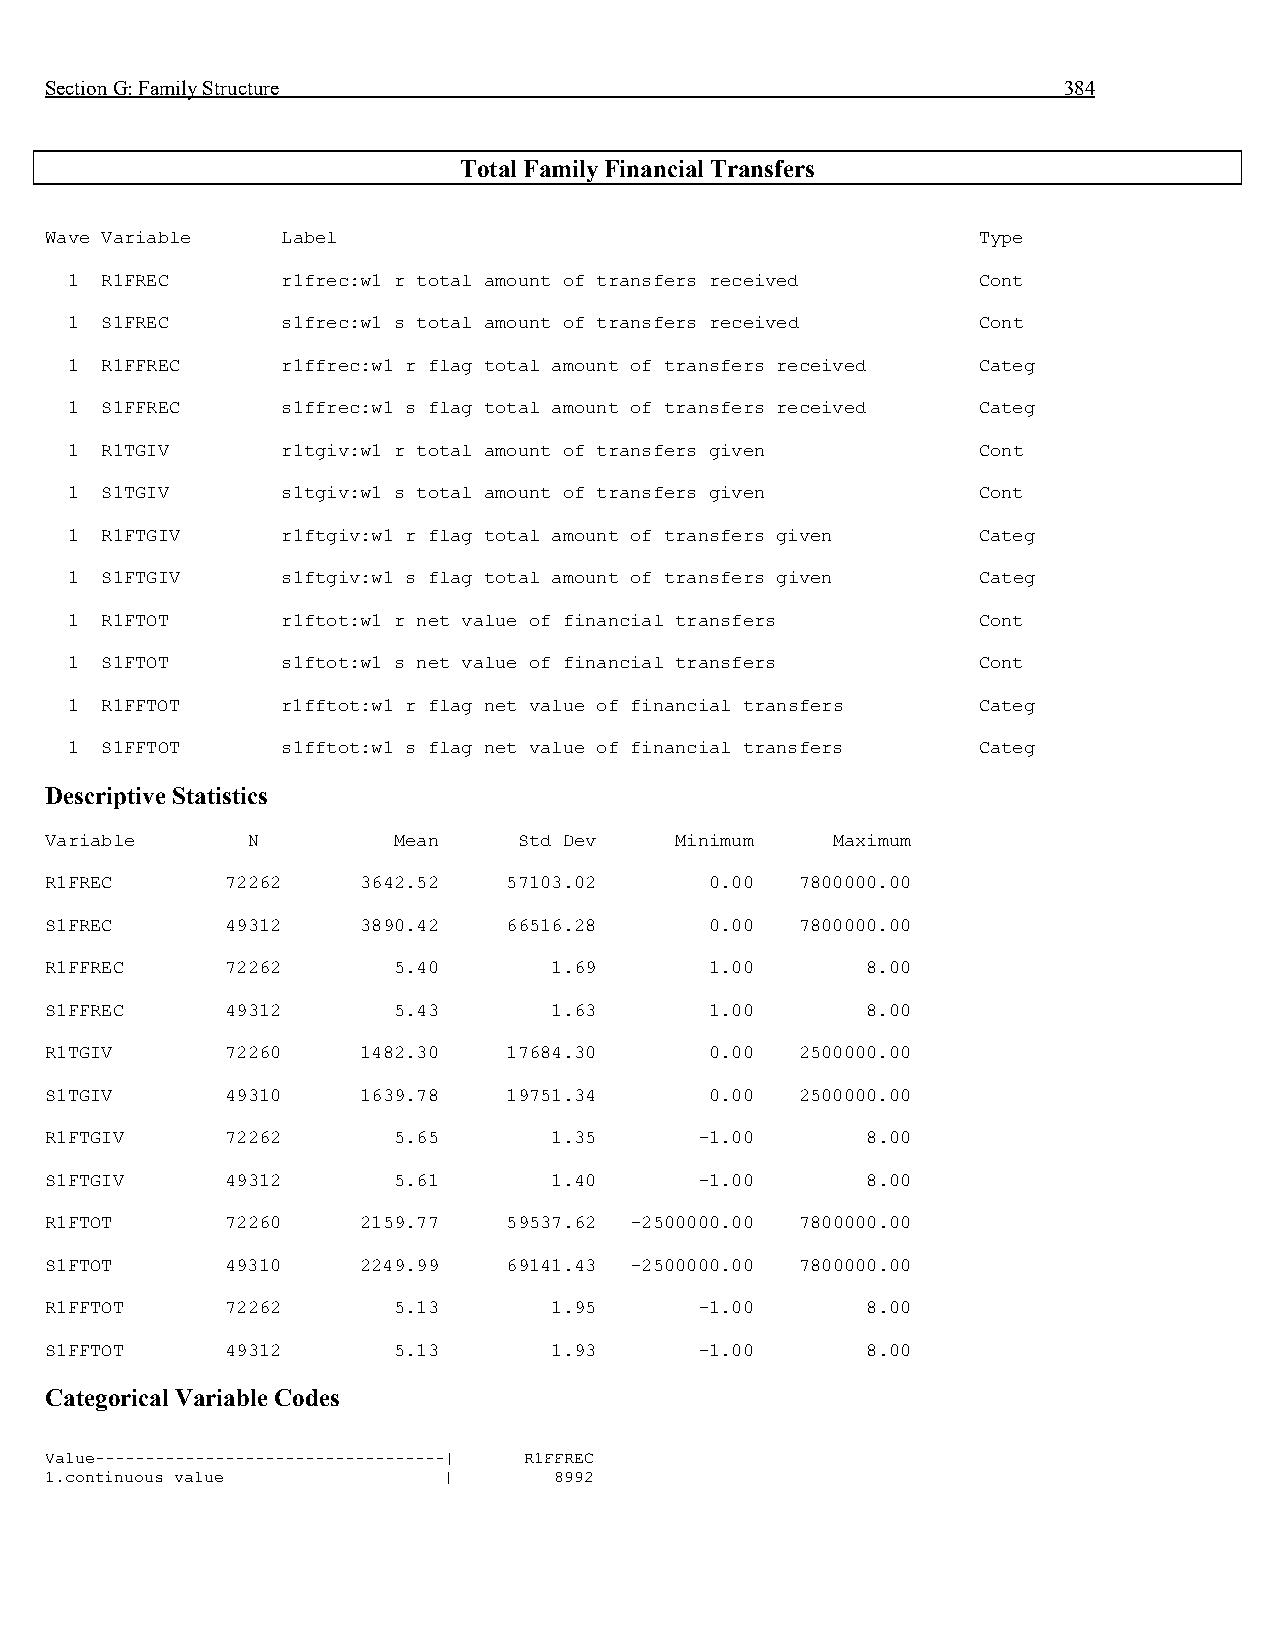
Section G: Family Structure                                        384
 Total Family Financial Transfers
 Wave Variable   Label                                         Type
 1  R1FREC      r1frec:w1 r total amount of transfers received Cont
 1  S1FREC      s1frec:w1 s total amount of transfers received Cont
 1  R1FFREC     r1ffrec:w1 r flag total amount of transfers received Categ
 1  S1FFREC     s1ffrec:w1 s flag total amount of transfers received Categ
 1  R1TGIV      r1tgiv:w1 r total amount of transfers given   Cont
 1  S1TGIV      s1tgiv:w1 s total amount of transfers given   Cont
 1  R1FTGIV     r1ftgiv:w1 r flag total amount of transfers given Categ
 1  S1FTGIV     s1ftgiv:w1 s flag total amount of transfers given Categ
 1  R1FTOT      r1ftot:w1 r net value of financial transfers  Cont
 1  S1FTOT      s1ftot:w1 s net value of financial transfers  Cont
 1  R1FFTOT     r1fftot:w1 r flag net value of financial transfers Categ
 1  S1FFTOT     s1fftot:w1 s flag net value of financial transfers Categ
 Descriptive Statistics
 Variable     N         Mean    Std Dev    Minimum   Maximum
 R1FREC      72262    3642.52   57103.02     0.00  7800000.00
 S1FREC      49312    3890.42   66516.28     0.00  7800000.00
 R1FFREC     72262      5.40      1.69       1.00      8.00
 S1FFREC     49312      5.43      1.63       1.00      8.00
 R1TGIV      72260    1482.30   17684.30     0.00  2500000.00
 S1TGIV      49310    1639.78   19751.34     0.00  2500000.00
 R1FTGIV     72262      5.65      1.35      -1.00      8.00
 S1FTGIV     49312      5.61      1.40      -1.00      8.00
 R1FTOT      72260    2159.77   59537.62 -2500000.00 7800000.00
 S1FTOT      49310    2249.99   69141.43 -2500000.00 7800000.00
 R1FFTOT     72262      5.13      1.95      -1.00      8.00
 S1FFTOT     49312      5.13      1.93      -1.00      8.00
 Categorical Variable Codes
 Value-----------------------------------| R1FFREC
 1.continuous value        |       8992